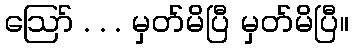
ဪ . . . မှတ်မိပြီ မှတ်မိပြီ။